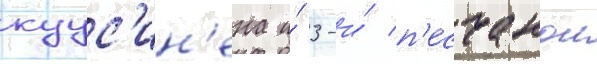
куус'ин'ена и́ 3-и́ п'есчанои